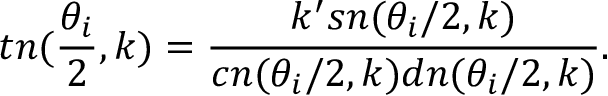
t n ( \frac { \theta _ { i } } { 2 } , k ) = \frac { k ^ { \prime } s n ( \theta _ { i } / 2 , k ) } { c n ( \theta _ { i } / 2 , k ) d n ( \theta _ { i } / 2 , k ) } .